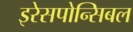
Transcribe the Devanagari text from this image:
इरेसपोन्सिबल